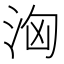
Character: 洶